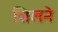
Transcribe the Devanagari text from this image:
सिलने